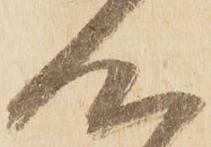
心